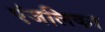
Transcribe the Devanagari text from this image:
एंजलिका